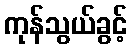
ကုန်သွယ်ခွင့်